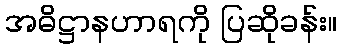
အဓိဋ္ဌာနဟာရကို ပြဆိုခန်း။